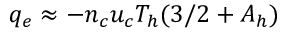
q _ { e } \approx - n _ { c } u _ { c } T _ { h } ( 3 / 2 + A _ { h } )